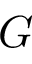
G